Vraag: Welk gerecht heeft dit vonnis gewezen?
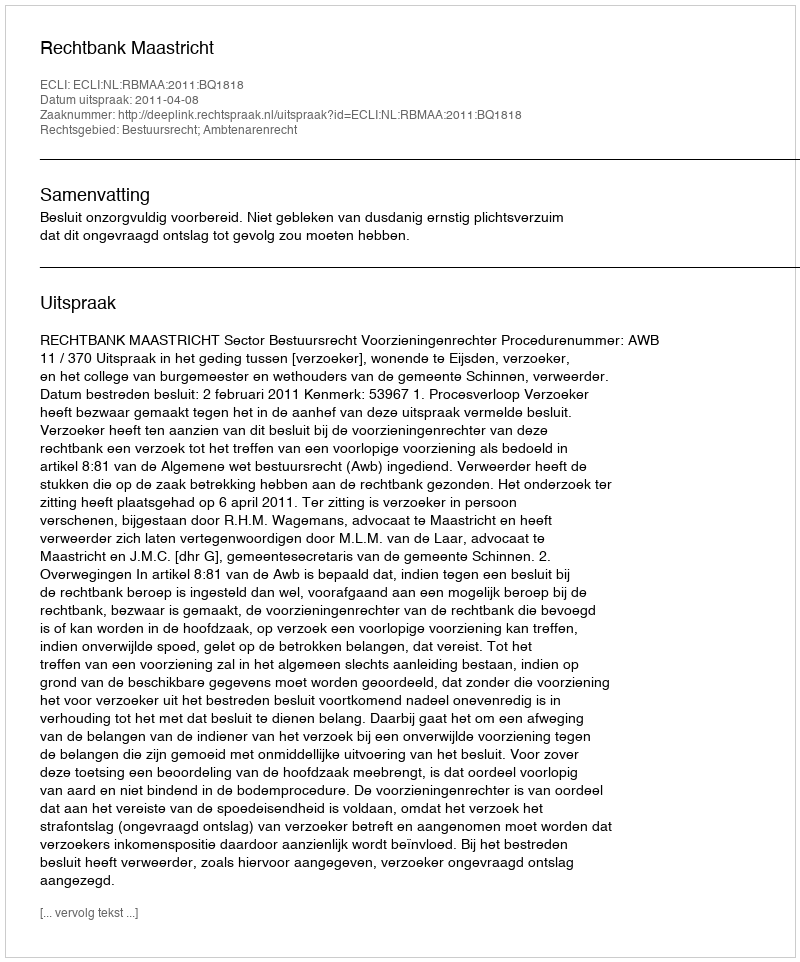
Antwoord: Rechtbank Maastricht